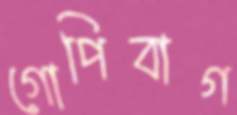
গোপিবাগ